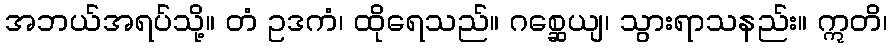
အဘယ်အရပ်သို့။ တံ ဥဒကံ၊ ထိုရေသည်။ ဂစ္ဆေယျ၊ သွားရာသနည်း။ ဣတိ၊